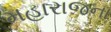
મહારાજના